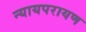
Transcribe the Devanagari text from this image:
न्यायपरायण